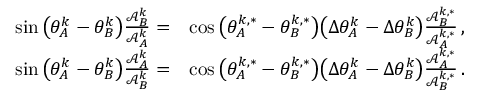
\begin{array} { r l } { \sin \big ( \theta _ { A } ^ { k } - \theta _ { B } ^ { k } \big ) \frac { \mathcal { A } _ { B } ^ { k } } { \mathcal { A } _ { A } ^ { k } } = } & { \cos \big ( \theta _ { A } ^ { k , * } - \theta _ { B } ^ { k , * } \big ) \big ( \Delta \theta _ { A } ^ { k } - \Delta \theta _ { B } ^ { k } \big ) \frac { \mathcal { A } _ { B } ^ { k , * } } { \mathcal { A } _ { A } ^ { k , * } } \, , } \\ { \sin \big ( \theta _ { A } ^ { k } - \theta _ { B } ^ { k } \big ) \frac { \mathcal { A } _ { A } ^ { k } } { \mathcal { A } _ { B } ^ { k } } = } & { \cos \big ( \theta _ { A } ^ { k , * } - \theta _ { B } ^ { k , * } \big ) \big ( \Delta \theta _ { A } ^ { k } - \Delta \theta _ { B } ^ { k } \big ) \frac { \mathcal { A } _ { A } ^ { k , * } } { \mathcal { A } _ { B } ^ { k , * } } \, . } \end{array}